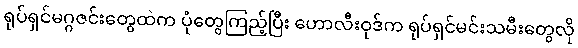
ရုပ်ရှင်မဂ္ဂဇင်းတွေထဲက ပုံတွေကြည့်ပြီး ဟောလီးဝုဒ်က ရုပ်ရှင်မင်းသမီးတွေလို